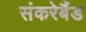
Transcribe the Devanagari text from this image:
संकरेबैंड